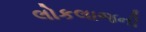
લોકલાજની